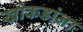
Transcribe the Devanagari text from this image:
खोकडांना